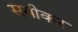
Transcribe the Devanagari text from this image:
समीकर